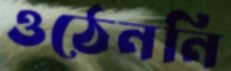
ওঠেননি